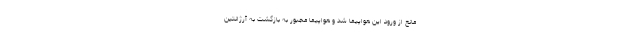
مانع از ورود این هواپیما شد و هواپیما مجبور به بازگشت به آرژانتین